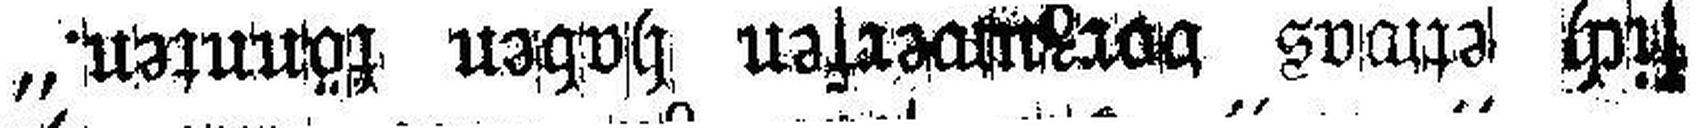
sich etwas vorzuwerfen haben könnten.“